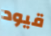
قيود